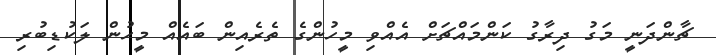
ޗާންދަނީ މަގު ދިރާގު ކަންމައްޗަށް އެއްވި މީހުންގެ ތެރެއިން ބައެއް މީހުން ލަކުޑިބުރި